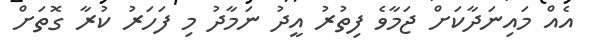
އެއް މައިނަދާކަށް ޖަމާވެ ފިތުރު އީދު ނަމާދު މި ފަހަރު ކުރާ ގޮތަށް